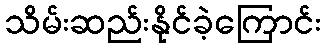
သိမ်းဆည်းနိုင်ခဲ့ကြောင်း